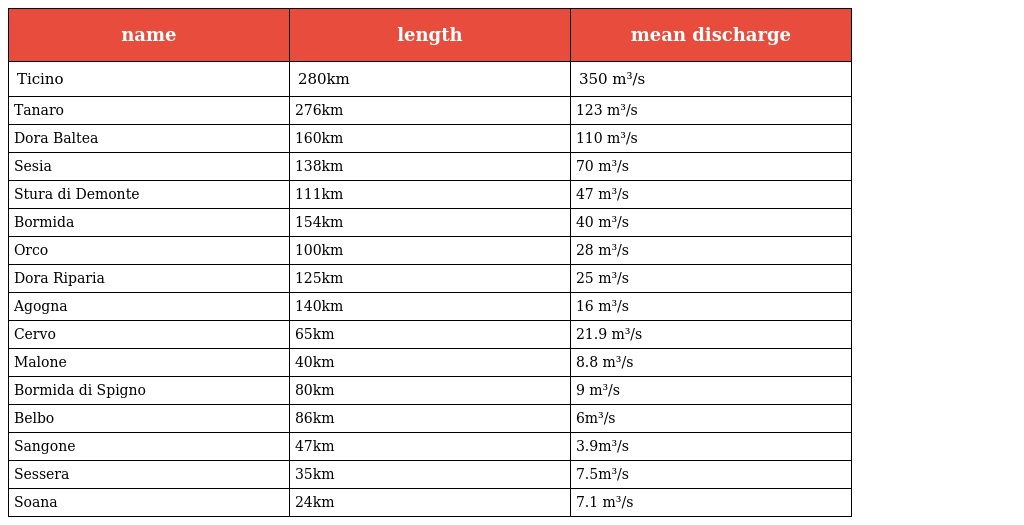
| name | length | mean discharge |
 | --- | --- | --- |
 | Ticino | 280km | 350 m³/s |
 | Tanaro | 276km | 123 m³/s |
 | Dora Baltea | 160km | 110 m³/s |
 | Sesia | 138km | 70 m³/s |
 | Stura di Demonte | 111km | 47 m³/s |
 | Bormida | 154km | 40 m³/s |
 | Orco | 100km | 28 m³/s |
 | Dora Riparia | 125km | 25 m³/s |
 | Agogna | 140km | 16 m³/s |
 | Cervo | 65km | 21.9 m³/s |
 | Malone | 40km | 8.8 m³/s |
 | Bormida di Spigno | 80km | 9 m³/s |
 | Belbo | 86km | 6m³/s |
 | Sangone | 47km | 3.9m³/s |
 | Sessera | 35km | 7.5m³/s |
 | Soana | 24km | 7.1 m³/s |